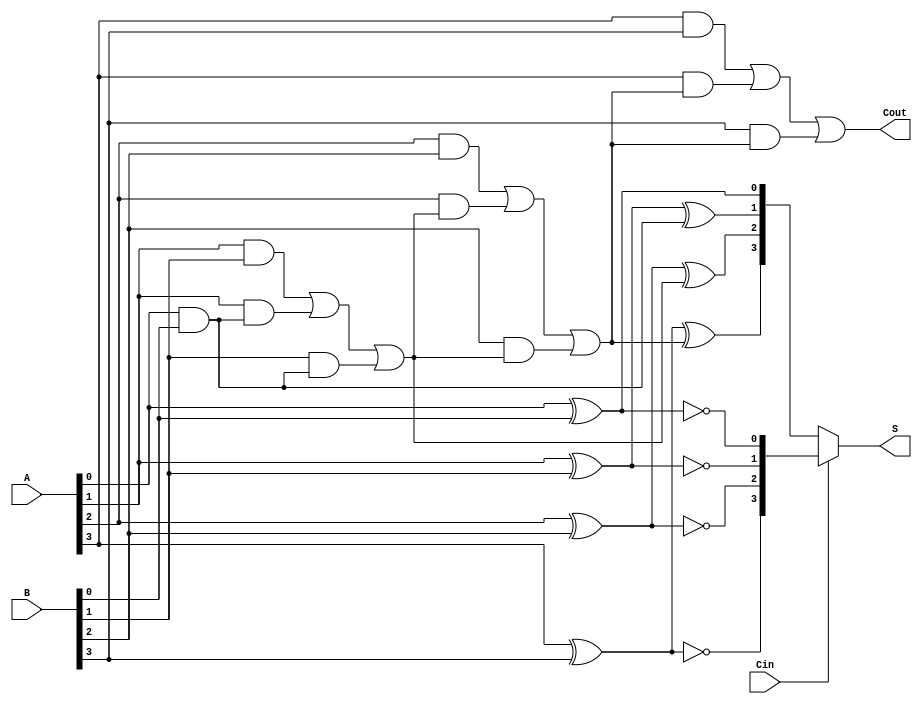
module CCSA #(parameter N = 4) (
    input  wire [N-1:0] A,      // First operand
    input  wire [N-1:0] B,      // Second operand
    input  wire       Cin,       // Carry in
    output wire [N-1:0] S,       // Sum output
    output wire       Cout        // Carry out
);

// Internal wires for carry and sum
wire [N:0] C; // Carry wires
wire [N-1:0] S0; // Sums when Cin = 0
wire [N-1:0] S1; // Sums when Cin = 1

// Generate full adders for each segment
genvar i;
generate
    for (i = 0; i < N; i = i + 1) begin : full_adder
        // Full adder logic
        if (i == 0) begin
            // First full adder with Cin
            assign S0[i] = A[i] ^ B[i] ^ 1'b0; // Sum for Cin = 0
            assign S1[i] = A[i] ^ B[i] ^ 1'b1; // Sum for Cin = 1
            assign C[i+1] = (A[i] & B[i]) | (A[i] & 1'b0) | (B[i] & 1'b0);
        end else begin
            assign S0[i] = A[i] ^ B[i] ^ C[i]; // Sum for Cin = 0
            assign S1[i] = A[i] ^ B[i] ^ (C[i] | 1'b1); // Sum for Cin = 1
            assign C[i+1] = (A[i] & B[i]) | (A[i] & C[i]) | (B[i] & C[i]);
        end
    end
endgenerate

// MUX for Sum output
assign S = (Cin) ? S1 : S0;

// Final carry out
assign Cout = C[N];

// Carry propagation logic
assign C[0] = Cin;

endmodule